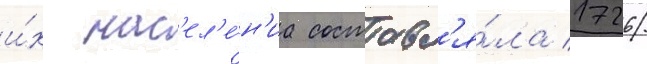
и́х нас'ел'е́н'иа составл'я́ла 1726